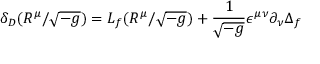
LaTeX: \delta _ { D } ( R ^ { \mu } / \sqrt { - g } ) = L _ { f } ( R ^ { \mu } / \sqrt { - g } ) + \frac { 1 } { \sqrt { - g } } \epsilon ^ { \mu \nu } \partial _ { \nu } \Delta _ { f }